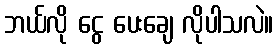
ဘယ်လို ငွေ ပေးချေ လိုပါသလဲ။